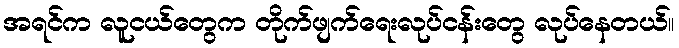
အရင်က လူငယ်တွေက တိုက်ဖျက်ရေးလုပ်ငန်းတွေ လုပ်နေတယ်။